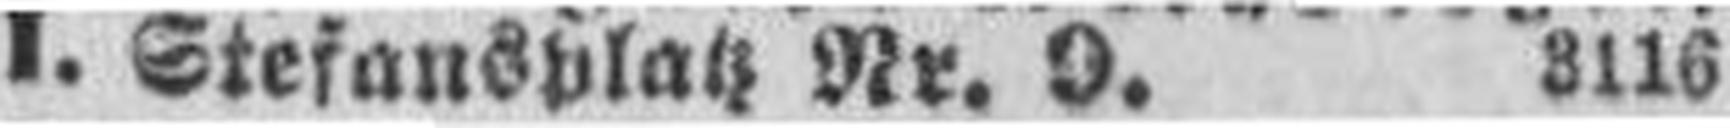
I. Stefansplatz Nr. 9. 3116